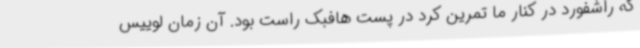
که راشفورد در کنار ما تمرین کرد در پست هافبک راست بود. آن زمان لوییس